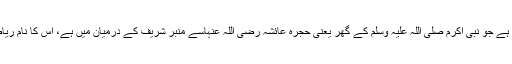
ریاض الجنہ یہ وہ مبارک جگہ ہے جو نبی اکرم صلی اللہ علیہ وسلم کے گھر یعنی حجرہ عائشہ رضی اللہ عنہاسے منبر شریف کے درمیان میں ہے، اس کا نام ریاض الجنة ہے (جنت کا باغیچہ)۔